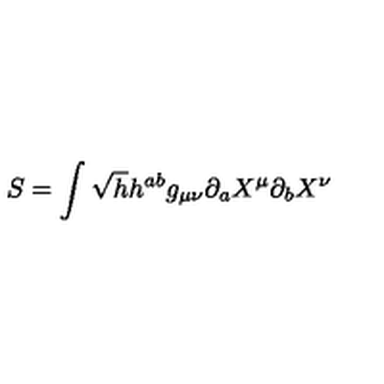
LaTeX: S = \int \sqrt { h } h ^ { a b } g _ { \mu \nu } \partial _ { a } X ^ { \mu } \partial _ { b } X ^ { \nu }